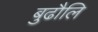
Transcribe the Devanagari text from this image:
बुढौलि